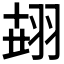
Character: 𦐫